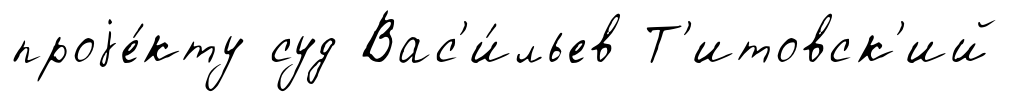
проjе́кту суд Вас'и́льев Т'итовск'ий